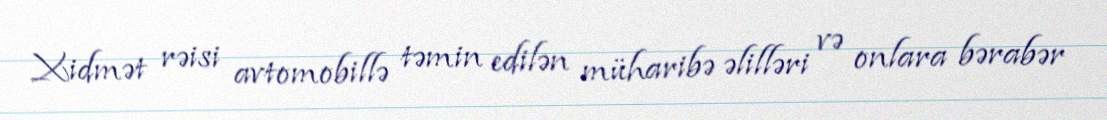
Xidmət rəisi avtomobillə təmin edilən müharibə əlilləri və onlara bərabər